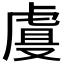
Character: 𰲡